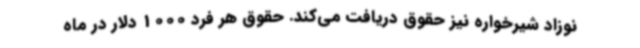
نوزاد شیرخواره نیز حقوق دریافت می‌کند. حقوق هر فرد 1000 دلار در ماه